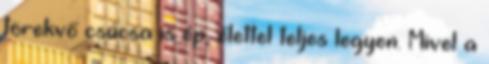
törekvő csúcsa is ép, élettel teljes legyen. Mivel a